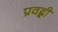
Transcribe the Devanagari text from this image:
प्रवह्ली